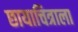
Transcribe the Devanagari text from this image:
छायाचित्राला